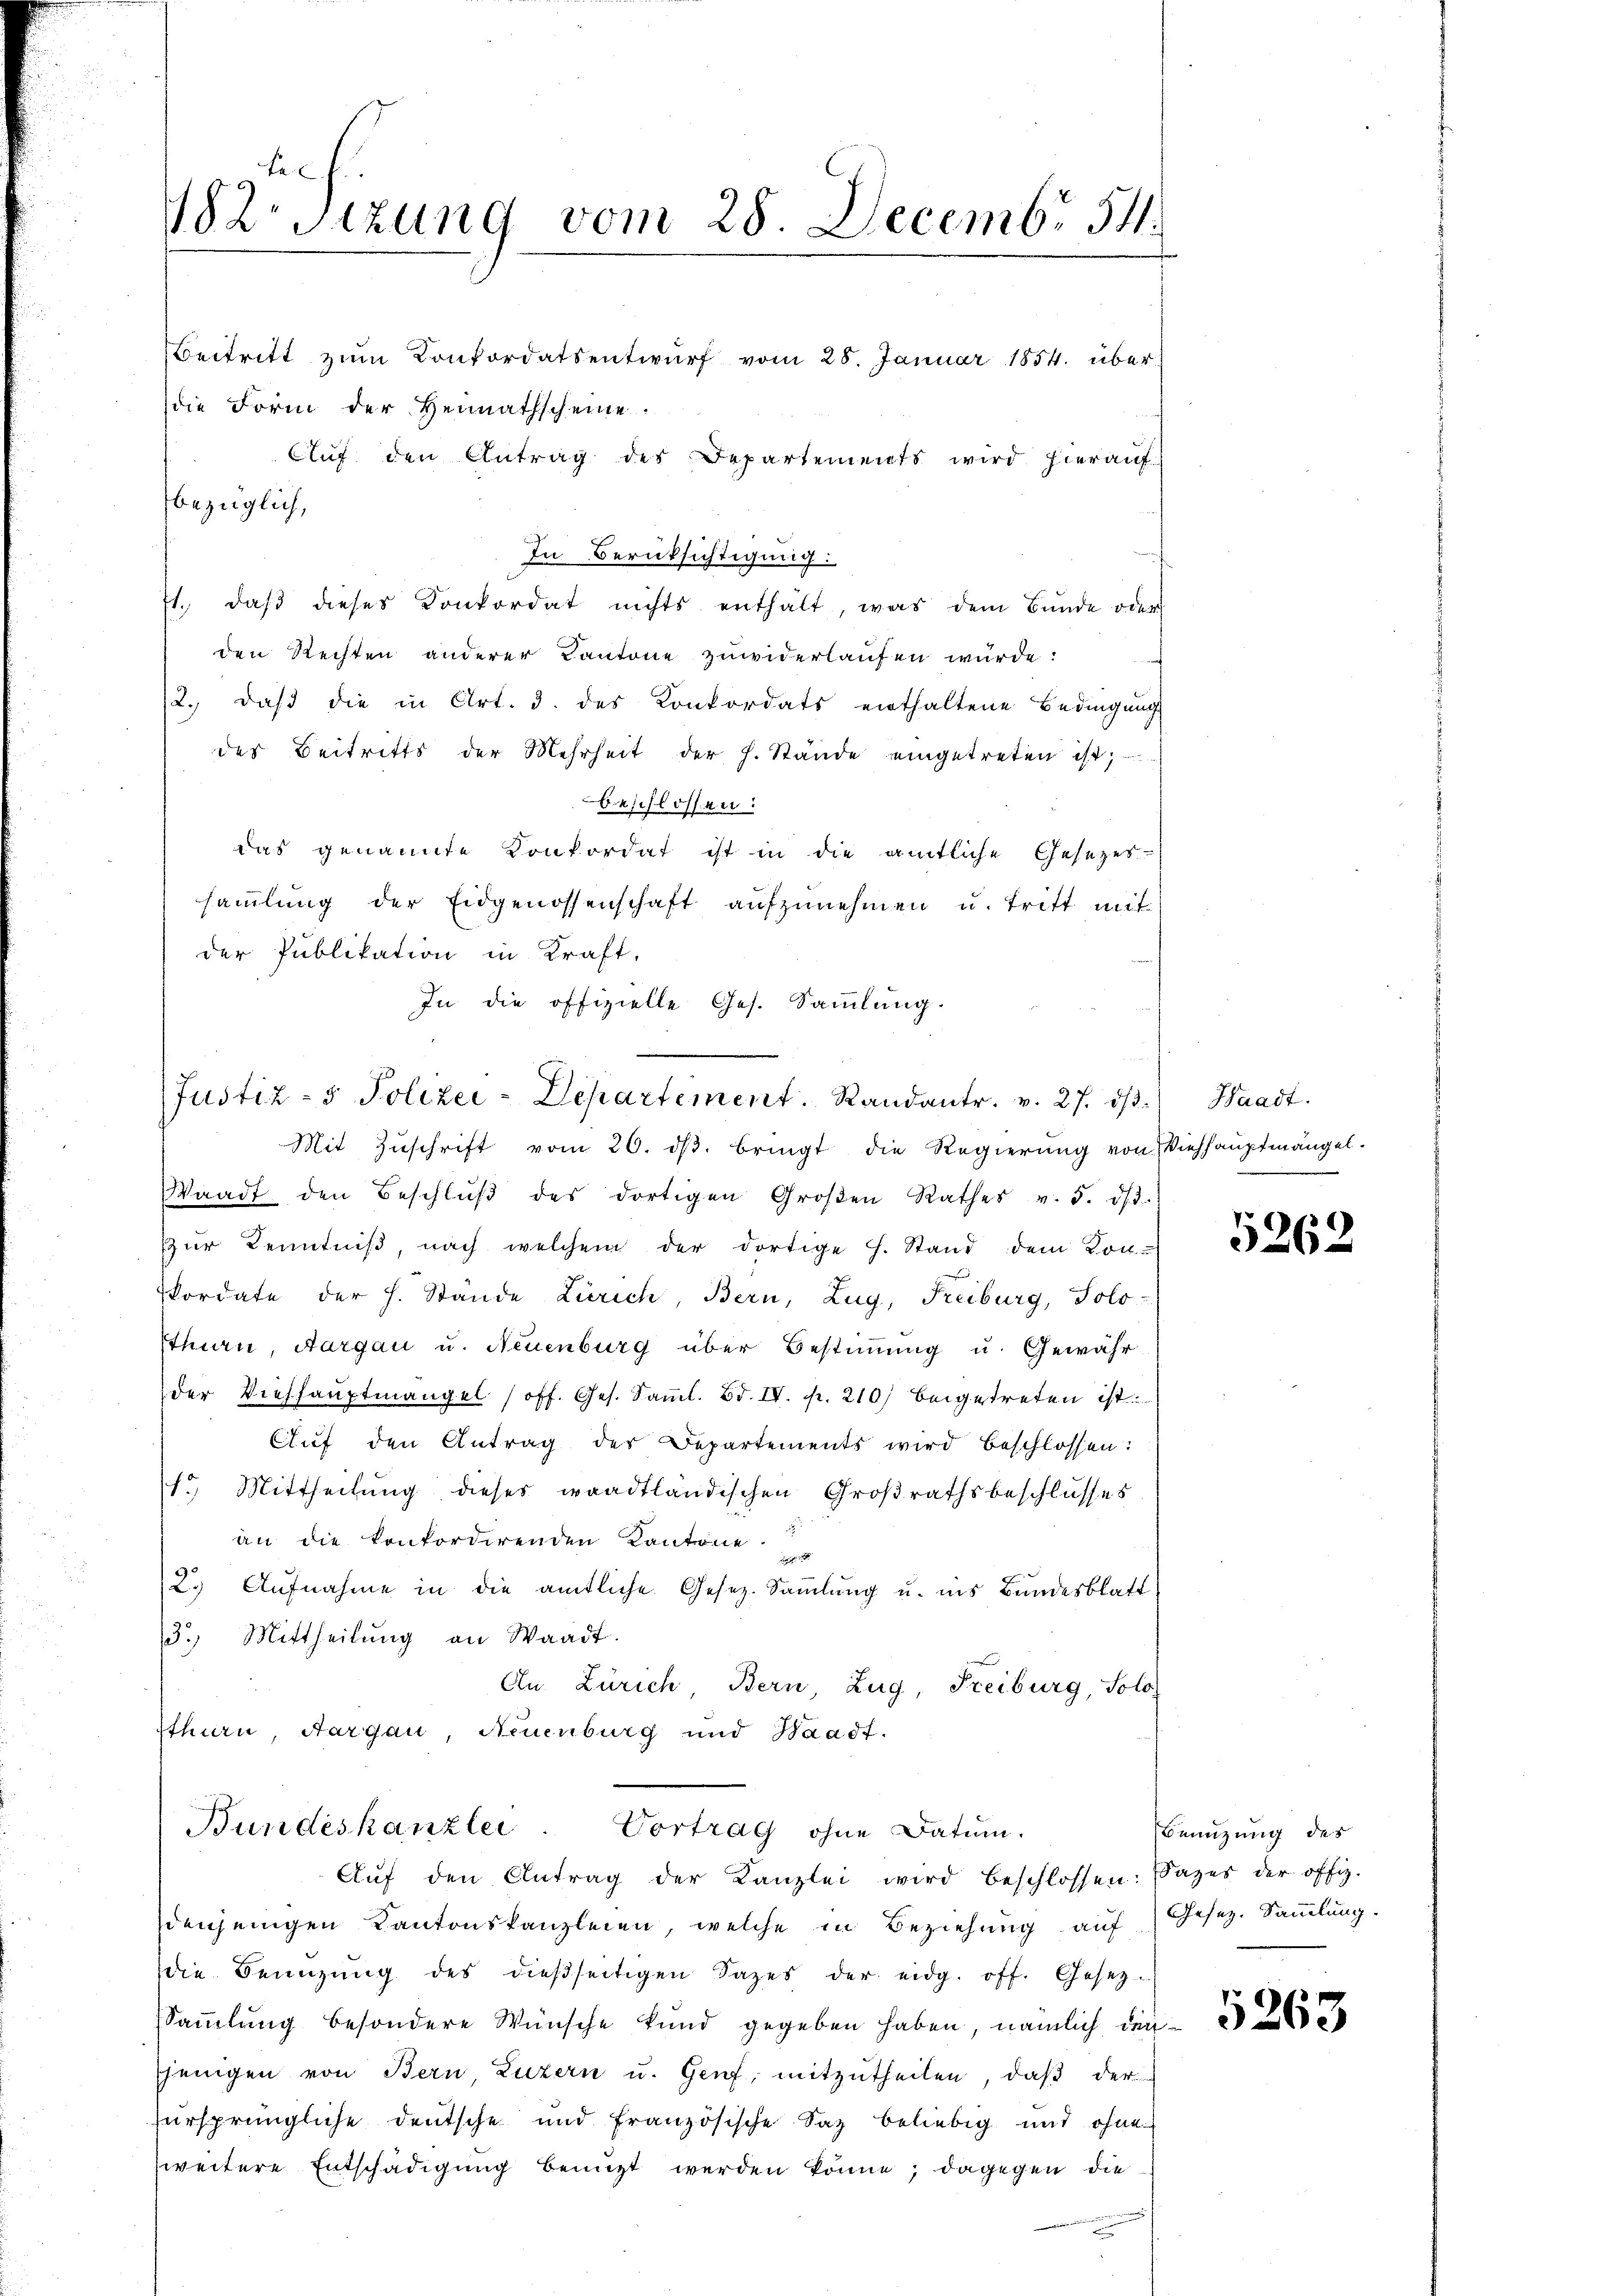
82. Sitzung vom 28 Decembr 54.

Beitritt zŭm Konkordatsentwŭrf vom 28. Januar 1854. überdie Form der Heimathscheine.
Aŭf den Antrag des Departements wird hieraŭf
bezüglich,
In Berüksichtigung:
Et. daβ dieses Konkordat nichts enthalt, was dem Bŭnde oder
den Rechten anderer Kantone zuwiderlaufen wurde:
2. daβ die in Art. 3. des Konkordats enthaltene Bedingŭng
des Beitritts der Mehrheit der h. Stände eingetreten ist;
beschlossen:
das genannte Konkordat ist in die amtliche Gesezes-
saṁlŭng der Eidgenossenschaft aŭfzŭnehmen u. tritt mit
der Publikation in Kraft,
In die offizielle Ges. Sammlung.
Mit Zŭschrift vom 26. dβ. bringt die Regierung von Viehhauptmängel.
Waadt den Beschlŭβ des dortigen Groβen Rathes v. 5. ds.
Zŭr Kenntniβ, nach welchem der dortige f. Stand dem Kon-
kordate der h. Stande Zürich, Bern, Zug, Freiburg, Solo-
Ethurn, Aargau u. Neuenburg über Bestimmung u. Gewähr
der Viehhauptmangel (off. Ges. Samml. Bd. IV. pr. 210) beigetreten ist.
Aŭf den Antrag der Departements wird beschlossen:
1.) Mittheilung dieses waadtländischen Großrathsbeschlusses
an die konkordirenden Kantone
2.) Aufnahme in die amtliche Gesetz. Sammlung u. ins Bundesblatt
3.) Mittheilung an Waadt.
An Zürich, Bern, Zug, Freiburg, Solo
Ithurn, Aargau, Neuenburg und Waadt.
Bundeskanzlei. Vortrag ohne Datum.
Aŭf den Antrag der Kanzlei wird beschlossen: Sazer der offiz.
denjenigen Kantonskanzleien, welche in Beziehung auf Gesez. Sammlung.
die Benuzung des dießseitigen Sages der eidg. off. Gesetz-
Sammlung besondere Wünsche kund gegeben haben, nämlich denjenigen von Bern Luzern u. Genf, mitzutheilen, daß der
zursprüngliche Deutsche und französische Saz beliebig und ohne
zweitere Entschädigung benuzt werden könne; dagegen die

Justiz- & Polizei-Departement. Randantr. v. 27. dβ. Waadt.

2

5262

Benuzung des

5263